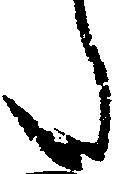
た